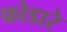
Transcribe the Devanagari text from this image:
फोडारे